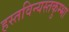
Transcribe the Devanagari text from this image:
हस्तविन्यस्तकुम्भा